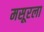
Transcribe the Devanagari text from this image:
मसूरला